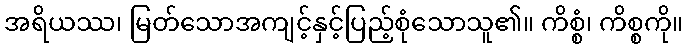
အရိယဿ၊ မြတ်သောအကျင့်နှင့်ပြည့်စုံသောသူ၏။ ကိစ္စံ၊ ကိစ္စကို။